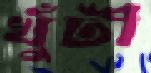
খুঁটী